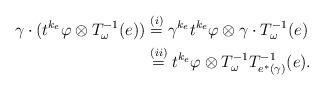
LaTeX: \begin{align*}\gamma\cdot( t^{k_e}\varphi\otimes T^{-1}_{{\omega}}(e))&\stackrel{(i)}{=}\gamma^{k_e}t^{k_e}\varphi\otimes \gamma\cdot T^{-1}_{{\omega}}(e)\\{}&\stackrel{(ii)}{=}t^{k_e}\varphi\otimes T^{-1}_{{\omega}}T^{-1}_{e^*(\gamma)}(e).\end{align*}